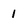
Character: 1